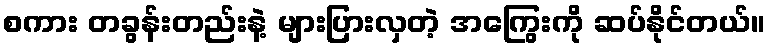
စကား တခွန်းတည်းနဲ့ များပြားလှတဲ့ အကြွေးကို ဆပ်နိုင်တယ်။